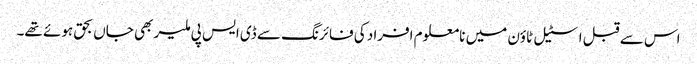
اس سے قبل اسٹیل ٹاؤن میں نامعلوم افراد کی فائرنگ سے ڈی ایس پی ملیر بھی جاں بحق ہوئے تھے۔